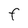
Character: F